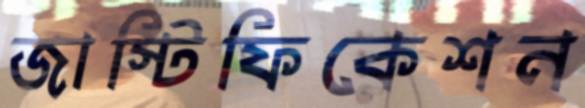
জাস্টিফিকেশন